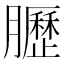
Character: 𫇀